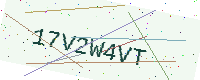
Text: 17V2W4VT